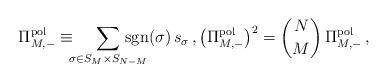
LaTeX: \begin{align*} \Pi_{M,-}^\mathrm{pol} \equiv \!\!\! \sum_{\sigma \in S_M \times S_{N-M}} \!\!\!\!\!\!\!\!\! \mathrm{sgn}(\sigma) \, s_\sigma \, , \bigl(\Pi_{M,-}^\mathrm{pol}\bigr)^2 = \binom{N}{M} \, \Pi_{M,-}^\mathrm{pol} \, ,\end{align*}